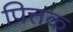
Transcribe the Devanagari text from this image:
पित्तक